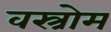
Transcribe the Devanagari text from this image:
वस्त्रोम